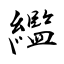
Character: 繿